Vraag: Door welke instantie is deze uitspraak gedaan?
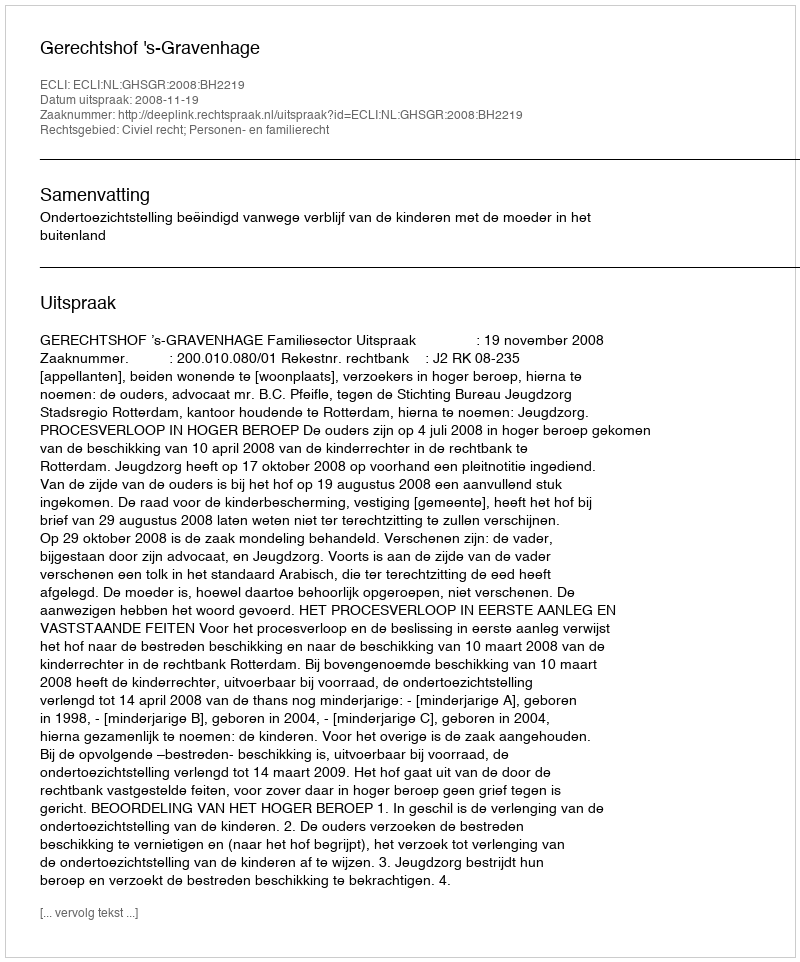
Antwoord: Gerechtshof 's-Gravenhage